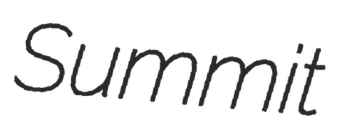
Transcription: Summit